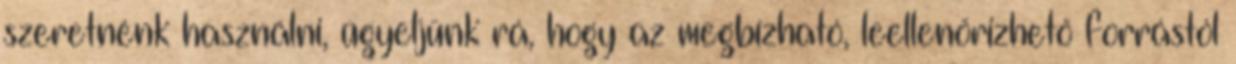
szeretnénk használni, ügyeljünk rá, hogy az megbízható, leellenőrizhető forrástól